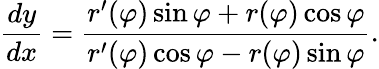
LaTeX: {\frac{dy}{dx}}={\frac{r^{\prime}(\varphi)\sin\varphi+r(\varphi)\cos\varphi}{r^{\prime}(\varphi)\cos\varphi-r(\varphi)\sin\varphi}}.